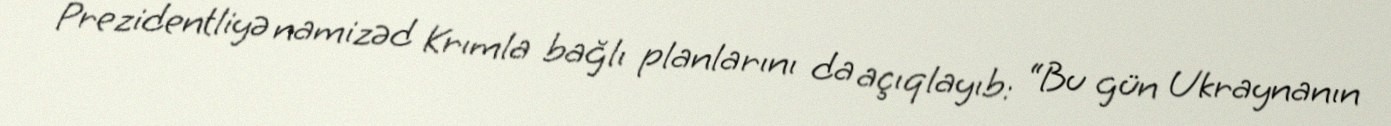
Prezidentliyə namizəd Krımla bağlı planlarını da açıqlayıb: “Bu gün Ukraynanın